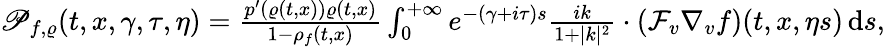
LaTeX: \begin{array}{r}{\mathscr{P}_{f,\varrho}(t,x,\gamma,\tau,\eta)=\frac{p^{\prime}(\varrho(t,x))\varrho(t,x)}{1-\rho_{f}(t,x)}\int_{0}^{+\infty}e^{-(\gamma+i\tau)s}\frac{ik}{1+\vert k\vert^{2}}\cdot\left(\mathcal{F}_{v}\nabla_{v}f\right)(t,x,\eta s)\, \mathrm{d}s,}\end{array}